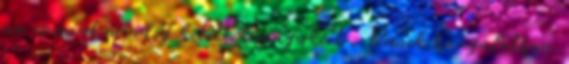
ma is mint mindig kitettek magukért . Remek hangulatban